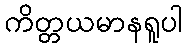
ကိတ္တယမာနရူပါ